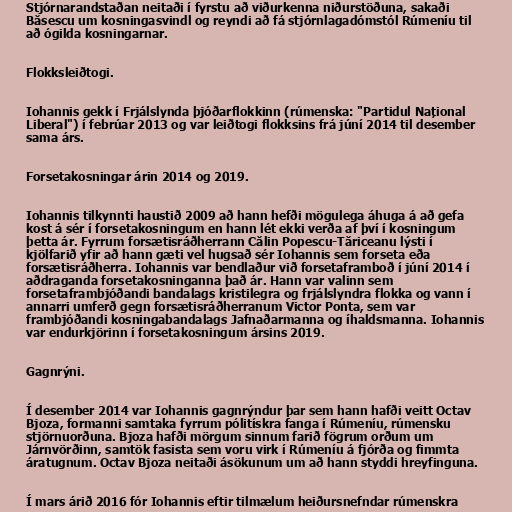
Stjórnarandstaðan neitaði í fyrstu að viðurkenna niðurstöðuna, sakaði
Băsescu um kosningasvindl og reyndi að fá stjórnlagadómstól Rúmeníu til
að ógilda kosningarnar.

Flokksleiðtogi.

Iohannis gekk í Frjálslynda þjóðarflokkinn (rúmenska: "Partidul Național
Liberal") í febrúar 2013 og var leiðtogi flokksins frá júní 2014 til desember
sama árs.

Forsetakosningar árin 2014 og 2019.

Iohannis tilkynnti haustið 2009 að hann hefði mögulega áhuga á að gefa
kost á sér í forsetakosningum en hann lét ekki verða af því í kosningum
þetta ár. Fyrrum forsætisráðherrann Călin Popescu-Tăriceanu lýsti í
kjölfarið yfir að hann gæti vel hugsað sér Iohannis sem forseta eða
forsætisráðherra. Iohannis var bendlaður við forsetaframboð í júní 2014 í
aðdraganda forsetakosninganna það ár. Hann var valinn sem
forsetaframbjóðandi bandalags kristilegra og frjálslyndra flokka og vann í
annarri umferð gegn forsætisráðherranum Victor Ponta, sem var
frambjóðandi kosningabandalags Jafnaðarmanna og íhaldsmanna. Iohannis
var endurkjörinn í forsetakosningum ársins 2019.

Gagnrýni.

Í desember 2014 var Iohannis gagnrýndur þar sem hann hafði veitt Octav
Bjoza, formanni samtaka fyrrum pólitískra fanga í Rúmeníu, rúmensku
stjörnuorðuna. Bjoza hafði mörgum sinnum farið fögrum orðum um
Járnvörðinn, samtök fasista sem voru virk í Rúmeníu á fjórða og fimmta
áratugnum. Octav Bjoza neitaði ásökunum um að hann styddi hreyfinguna.

Í mars árið 2016 fór Iohannis eftir tilmælum heiðursnefndar rúmenskra